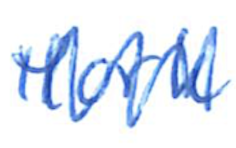
Text: York
Cross-out: zig-zag
Writing tool: ballpoint